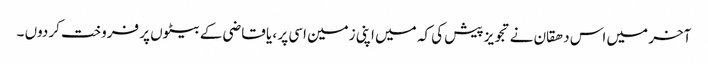
آخر میں اس دھقان نے تجویز پیش کی کہ میں اپنی زمین اسی پر ، یا قاضی کے بیٹوں پر فروخت کر دوں ۔